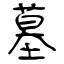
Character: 墓